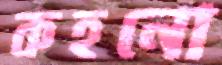
কহনো